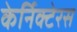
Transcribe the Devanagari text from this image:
केर्निक्टेरस